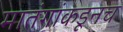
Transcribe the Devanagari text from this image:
मातंगांकडूनच